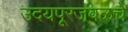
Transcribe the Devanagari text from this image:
उदयपूरजवळचे